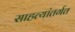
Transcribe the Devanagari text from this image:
साहत्यांतर्गत